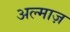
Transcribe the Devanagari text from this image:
अल्माज़